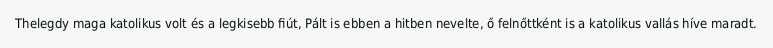
Thelegdy maga katolikus volt és a legkisebb fiút, Pált is ebben a hitben nevelte, ő felnőttként is a katolikus vallás híve maradt.